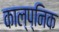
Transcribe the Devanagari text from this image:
काल्प्निक